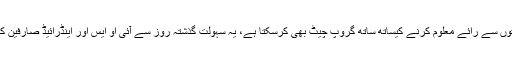
صارفین اپنی اسٹوری میں دوستوں سے رائے معلوم کرنے کیساتھ ساتھ گروپ چیٹ بھی کرسکتا ہے، یہ سہولت گذشتہ روز سے آئی او ایس اور اینڈرائیڈ صارفین کے لیے دستیاب کردی گئی ہے۔